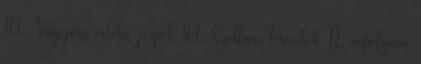
113. Vagyoni értékű jogok 114. Szellemi termékek II. évfolyam